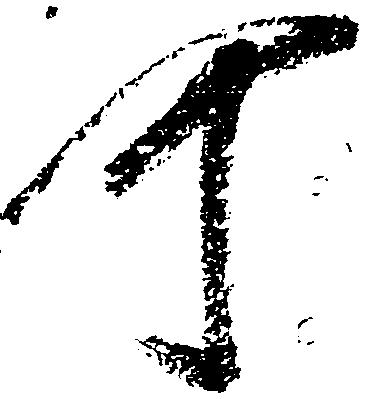
可